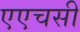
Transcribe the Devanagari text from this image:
एएचसी